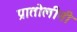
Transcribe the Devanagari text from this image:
प्रातोलीनी